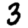
Digit: 3